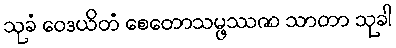
သုခံ ဝေဒယိတံ စေတောသမ္ဖဿဇာ သာတာ သုခါ